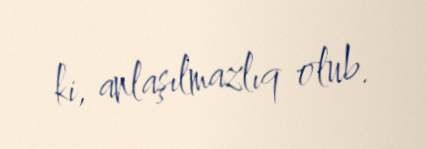
ki, anlaşılmazlıq olub.